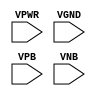
module sky130_fd_sc_ms__fill (
    VPWR,
    VGND,
    VPB ,
    VNB
);

    // Module ports
    input VPWR;
    input VGND;
    input VPB ;
    input VNB ;
     // No contents.
endmodule